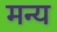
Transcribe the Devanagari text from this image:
मन्य